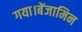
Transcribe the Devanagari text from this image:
गया।बेंजामिन